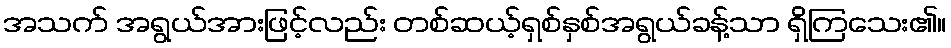
အသက် အရွယ်အားဖြင့်လည်း တစ်ဆယ့်ရှစ်နှစ်အရွယ်ခန့်သာ ရှိကြသေး၏။